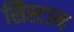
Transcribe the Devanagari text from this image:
सिस्टान